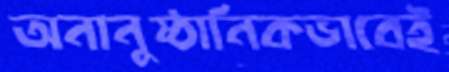
অনানুষ্ঠানিকভাবেই